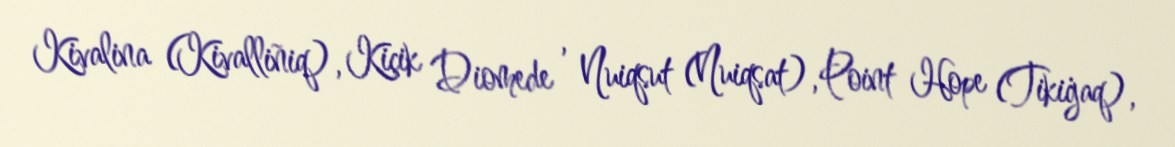
Kivalina (Kivalliñiq), Kiçik Diomede , Nuiqsut (Nuiqsat), Point Hope (Tikiġaq),